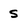
Character: s